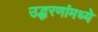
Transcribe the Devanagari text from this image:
उद्धरणांमध्ये